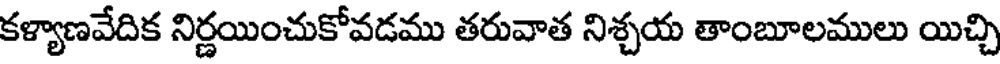
కళ్యాణవేదిక నిర్ణయించుకోవడము తరువాత నిశ్చయ తాంబూలములు యిచ్చి